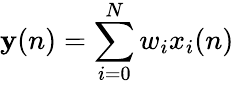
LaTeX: \mathbf{y}(n)=\sum_{i=0}^{N}w_{i}x_{i}(n)